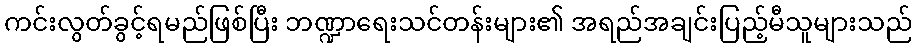
ကင်းလွတ်ခွင့်ရမည်ဖြစ်ပြီး ဘဏ္ဍာရေးသင်တန်းများ၏ အရည်အချင်းပြည့်မီသူများသည်